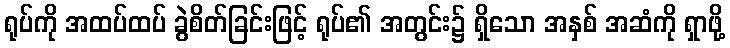
ရုပ်ကို အထပ်ထပ် ခွဲစိတ်ခြင်းဖြင့် ရုပ်၏ အတွင်း၌ ရှိသော အနှစ် အဆံကို ရှာဖို့